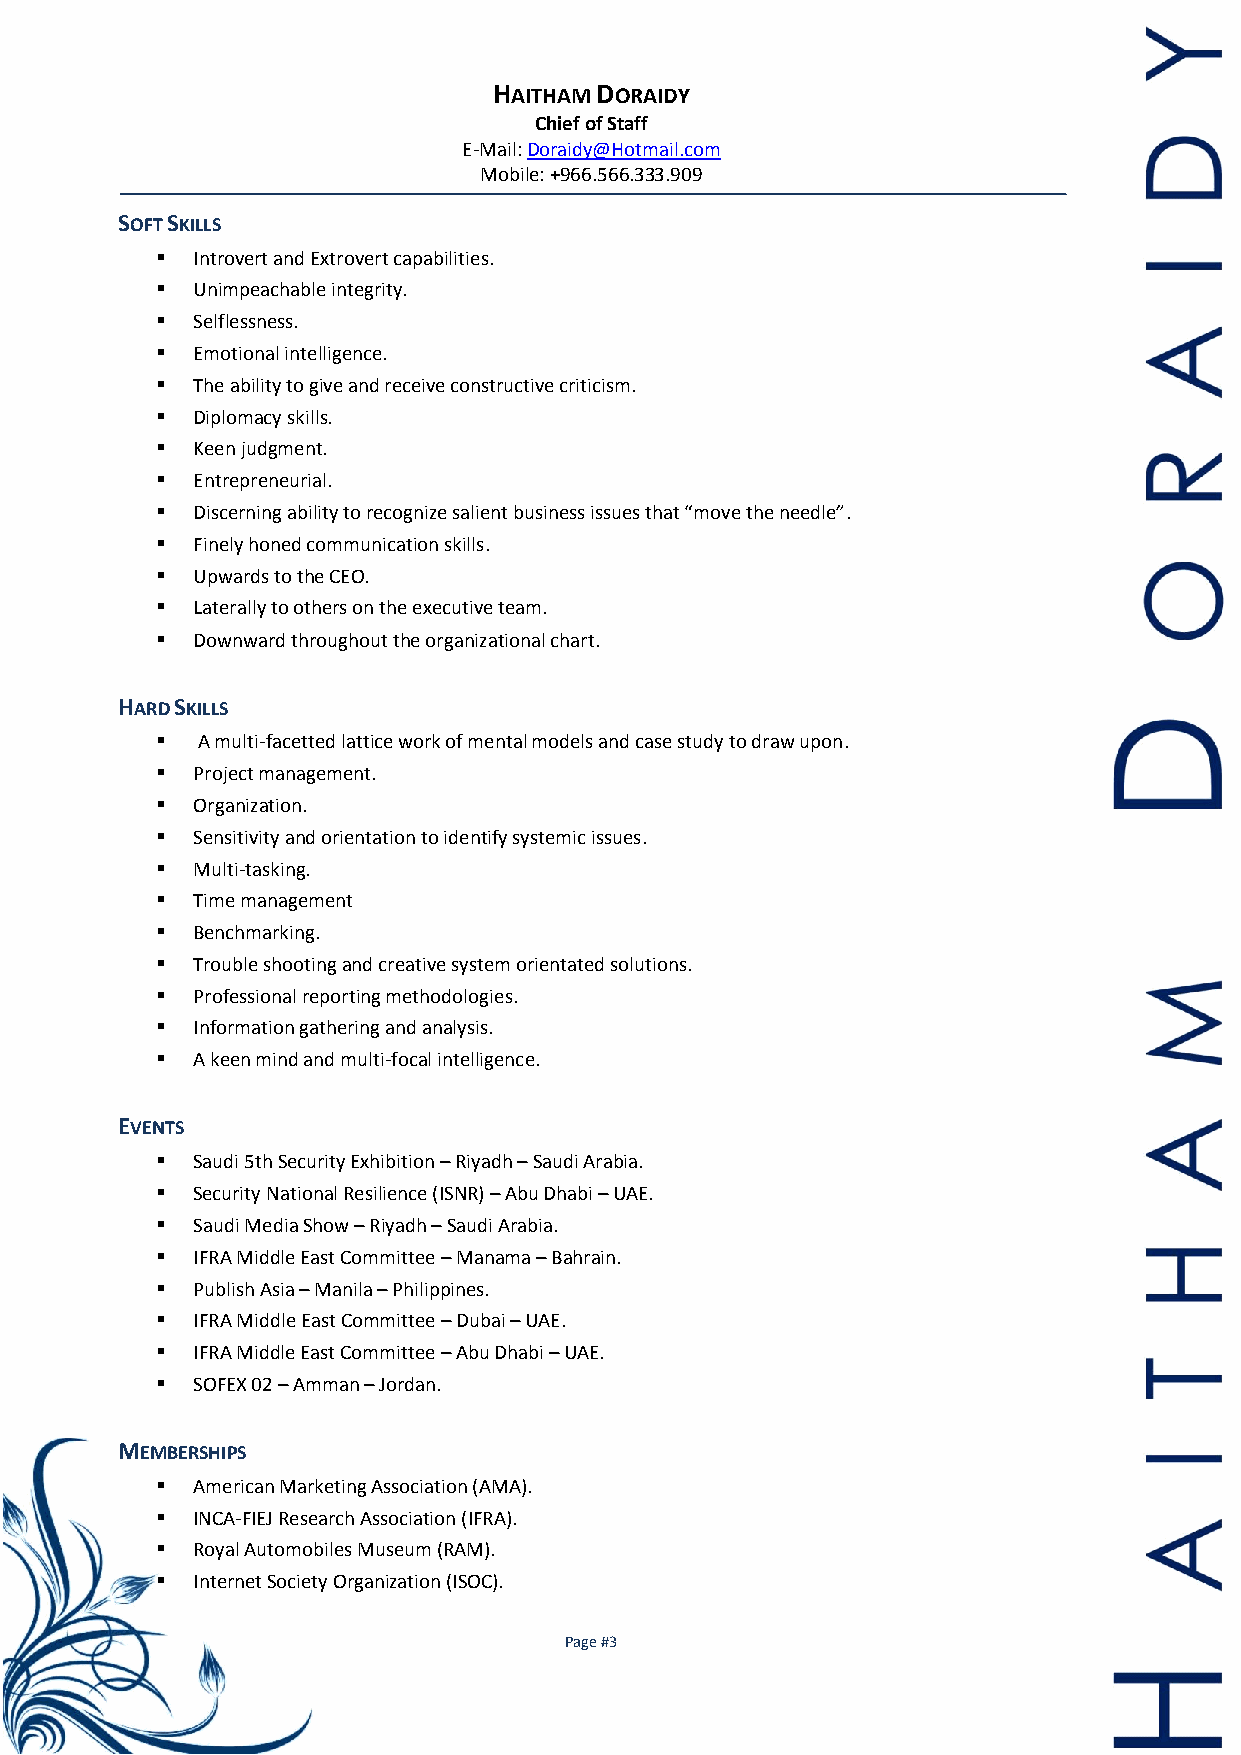
HAITHAM DORAIDY
 Chief of Staff
 E-Mail: Doraidy@Hotmail.com
 Mobile: +966.566.333.909
 SOFT SKILLS
   Introvert and Extrovert capabilities.
   Unimpeachable integrity.
   Selflessness.
   Emotional intelligence.
   The ability to give and receive constructive criticism.
   Diplomacy skills.
   Keen judgment.
   Entrepreneurial.
   Discerning ability to recognize salient business issues that “move the needle”.
   Finely honed communication skills.
   Upwards to the CEO.
   Laterally to others on the executive team.
   Downward throughout the organizational chart.
 HARD SKILLS
   A multi-facetted lattice work of mental models and case study to draw upon.
   Project management.
   Organization.
   Sensitivity and orientation to identify systemic issues.
   Multi-tasking.
   Time management
   Benchmarking.
   Trouble shooting and creative system orientated solutions.
   Professional reporting methodologies.
   Information gathering and analysis.
   A keen mind and multi-focal intelligence.
 EVENTS
   Saudi 5th Security Exhibition – Riyadh – Saudi Arabia.
   Security National Resilience (ISNR) – Abu Dhabi – UAE.
   Saudi Media Show – Riyadh – Saudi Arabia.
   IFRA Middle East Committee – Manama – Bahrain.
   Publish Asia – Manila – Philippines.
   IFRA Middle East Committee – Dubai – UAE.
   IFRA Middle East Committee – Abu Dhabi – UAE.
   SOFEX 02 – Amman – Jordan.
 MEMBERSHIPS
   American Marketing Association (AMA).
   INCA-FIEJ Research Association (IFRA).
   Royal Automobiles Museum (RAM).
   Internet Society Organization (ISOC).
 Page #3